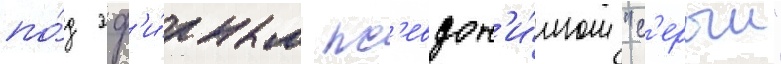
по́д эф'и́рным пс'евдон'и́мом "с'ерыи"